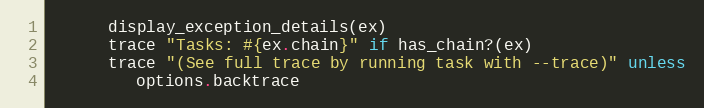
Language: Ruby
      display_exception_details(ex)
      trace "Tasks: #{ex.chain}" if has_chain?(ex)
      trace "(See full trace by running task with --trace)" unless
         options.backtrace